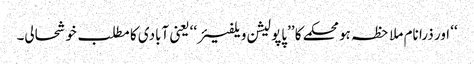
‘‘ اور ذرا نام ملاحظہ ہو محکمے کا ’’پاپولیشن ویلفیئر‘‘ یعنی آبادی کا مطلب خوشحالی۔